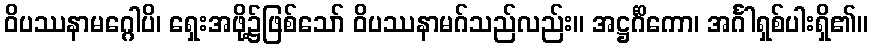
ဝိပဿနာမဂ္ဂေါပိ၊ ရှေးအဖို့၌ဖြစ်သော် ဝိပဿနာမဂ်သည်လည်း။ အဋ္ဌင်္ဂိကော၊ အင်္ဂါရှစ်ပါးရှိ၏။